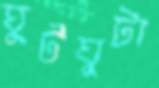
ঘুটঘুটা